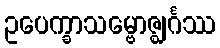
ဥပေက္ခာသမ္ဗောဇ္ဈင်္ဂဿ